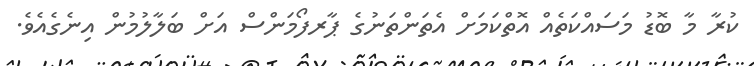
ކުރާ މާ ބޮޑު މަސައްކަތެއް އޮތްކަމަށް އެތަންތަނުގެ ޕާރފޯމަންސް އަށް ބަލާލުމުން އިނެގެއެވެ.